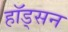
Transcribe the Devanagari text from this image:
हॉड्सन